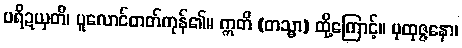
ပရိဍယှတိ၊ ပူလောင်တတ်ကုန်၏။ ဣတိ (တသ္မာ) ထို့ကြောင့်။ ပုထုဇ္ဇနော၊